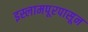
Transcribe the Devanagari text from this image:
इस्लामपूरपासून